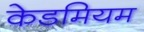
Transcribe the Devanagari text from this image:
केडमियम